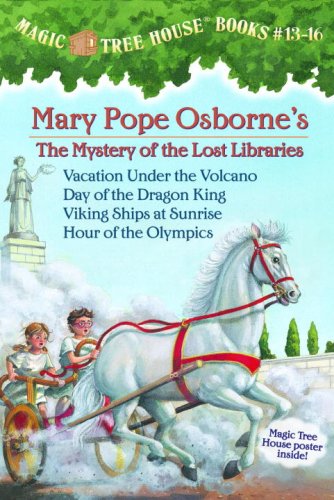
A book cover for Magic Tree House Boxed Set, Books 13-16: Vacation Under the Volcano, Day of the Dragon King, Viking Ships at Sunrise, and Hour of the Olympics; Mary Pope Osborne; Children's Books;